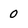
Character: 0